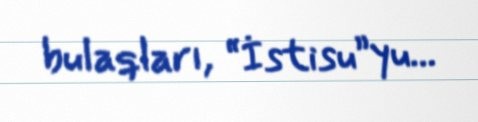
bulaqları, “İstisu”yu...